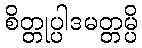
စိတ္တုပ္ပါဒမတ္တမ္ပိ